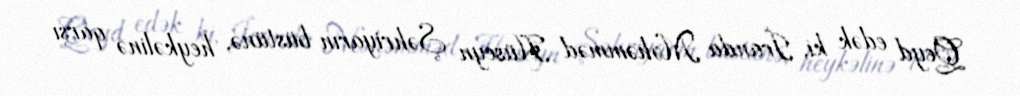
Qeyd edək ki, İranda Məhəmməd Hüseyn Şəhriyarın büstünə, heykəlinə qarşı